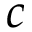
c